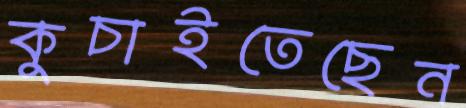
কুচাইতেছেন